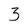
Character: 3